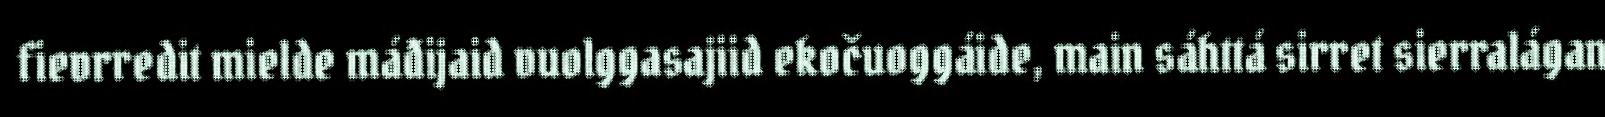
fievrredit mielde máđijaid vuolggasajiid ekočuoggáide, main sáhttá sirret sierralágan